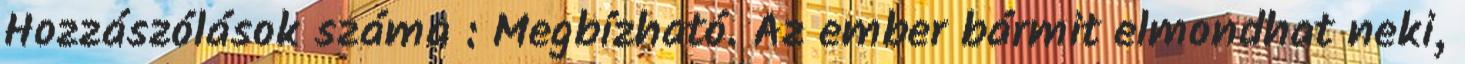
Hozzászólások száma : Megbízható. Az ember bármit elmondhat neki,